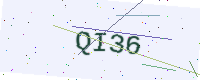
Text: QI36